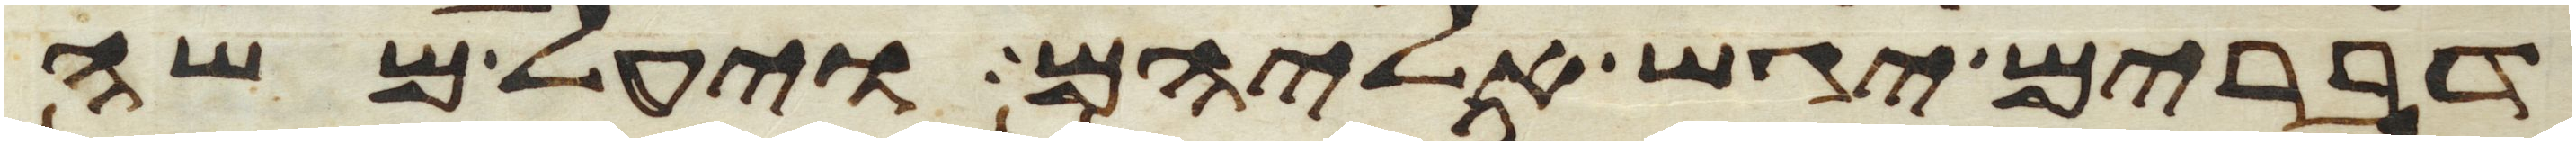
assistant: דברים יגש אליהם ויעל משה